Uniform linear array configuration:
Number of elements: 48
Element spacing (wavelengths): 0.25
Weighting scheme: cosine
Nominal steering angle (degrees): -45
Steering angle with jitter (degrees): -44.26
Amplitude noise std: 0.05
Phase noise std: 0.05

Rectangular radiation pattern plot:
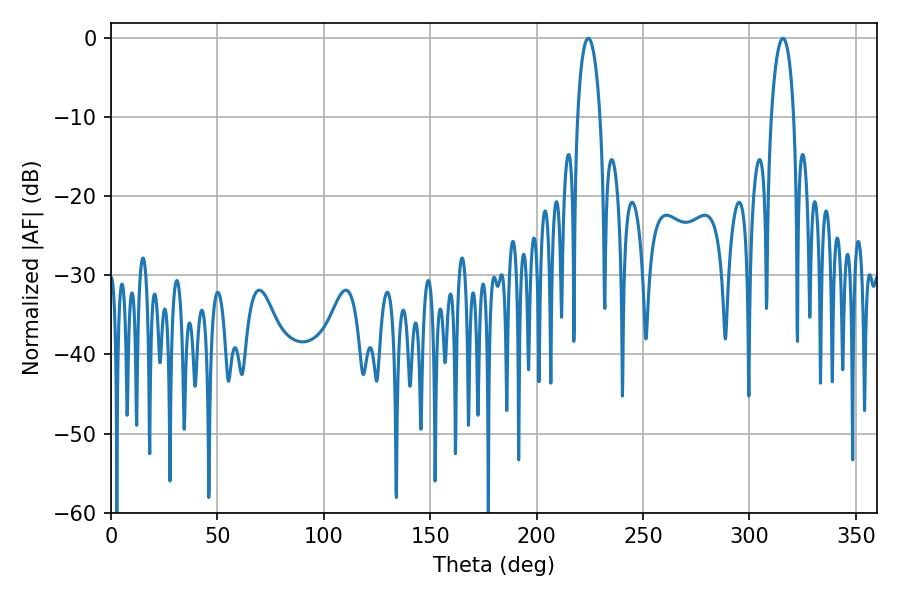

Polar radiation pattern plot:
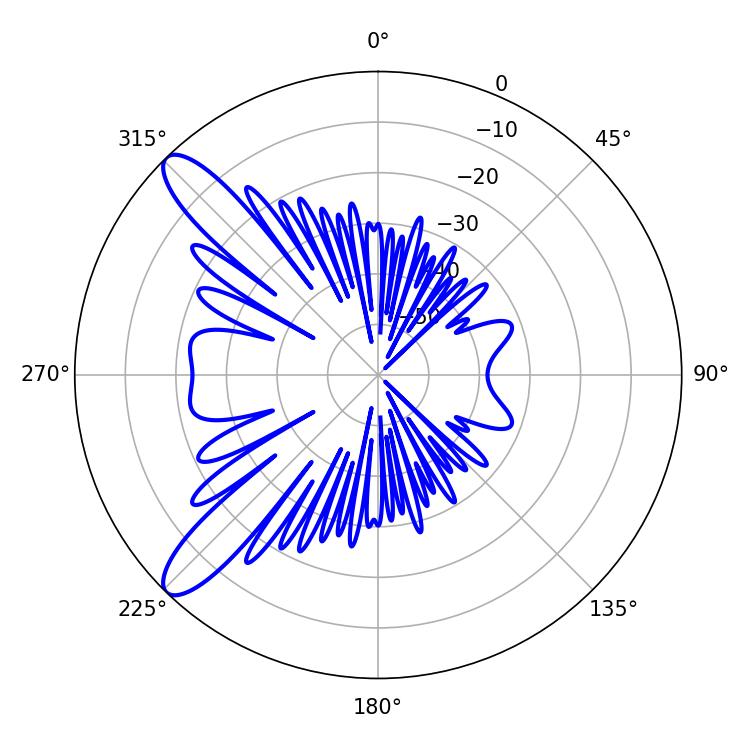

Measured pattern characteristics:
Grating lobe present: FALSE
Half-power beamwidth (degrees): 5.94
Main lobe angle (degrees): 224.28